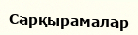
Сарқырамалар